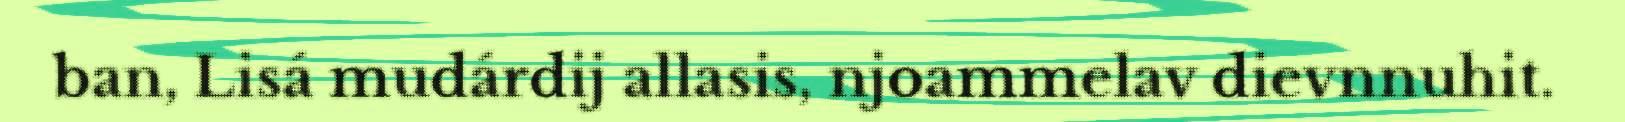
ban, Lisá mudárdij allasis, njoammelav dievnnuhit.